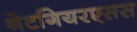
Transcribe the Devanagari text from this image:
नेटगियरएसस